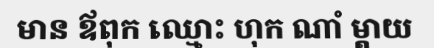
មាន ឪពុក ឈ្មោះ ហុក ណាំ ម្តាយ